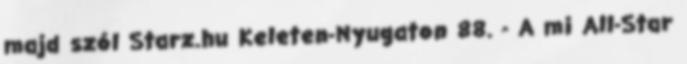
majd szól Starz.hu Keleten-Nyugaton 88. - A mi All-Star